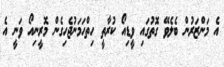
އެ މަންޒަރުން ބެލެވޭ ގޮތުގައި ވީޑިއޯ ކުރާތީ ހިތްހަމަނުޖެހިގެން މޮރީނިއޯ ވަނީ އެ